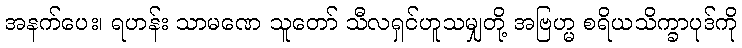
အနက်ပေး၊ ရဟန်း သာမဏေ သူတော် သီလရှင်ဟူသမျှတို့ အဗြဟ္မ စရိယသိက္ခာပုဒ်ကို